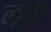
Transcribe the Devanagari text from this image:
लूबा